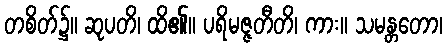
တစိတ်၌။ ဆုပတိ၊ ထိ၏။ ပရိမဇ္ဇတီတိ၊ ကား။ သမန္တတော၊